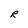
Character: R